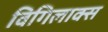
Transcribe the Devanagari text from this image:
विगिलाक्स